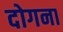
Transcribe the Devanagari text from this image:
दोगना